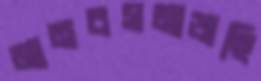
মানবসমাজছি